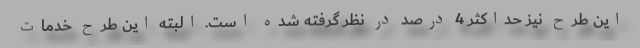
این طرح نیز حداکثر 4 درصد در نظر گرفته شده است. البته این طرح خدمات